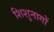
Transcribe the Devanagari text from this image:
शिशुनागों